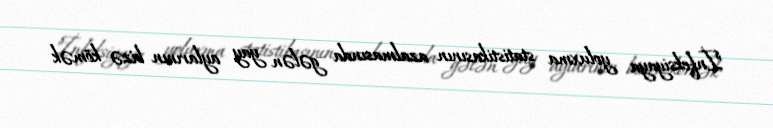
"İnfeksiyaya yoluxma statistikasının azalmasında gələn yay aylarının bizə kömək